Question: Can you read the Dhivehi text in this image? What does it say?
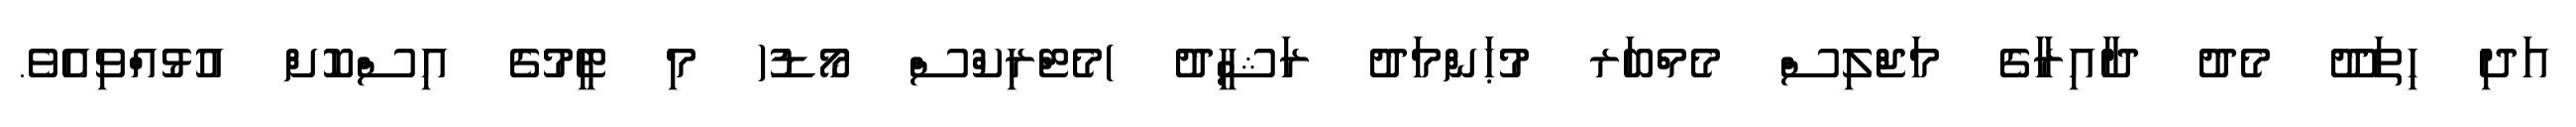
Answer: އަދި ހިތަދޫ މެދު ދާއިރާގެ މަޖްލިސް މެމްބަރ މުޙަންމަދު ރަޝީދު )މެޓްރިކްސް މޯޑު( މި ޓީމުގެ އިސްކޮށް އުޅުއްވިއެވެ.